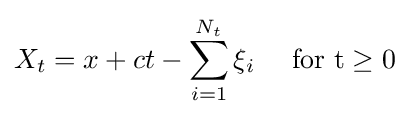
X_{t}=x+ct-\sum _{i=1}^{N_{t}}\xi _{i}\quad {\text{ for t}}\geq 0